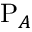
\mathrm { P } _ { A }